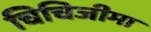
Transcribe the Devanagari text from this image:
चिचिजीमा